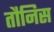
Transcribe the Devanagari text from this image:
तौनिस